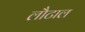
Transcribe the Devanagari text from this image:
लौटाल